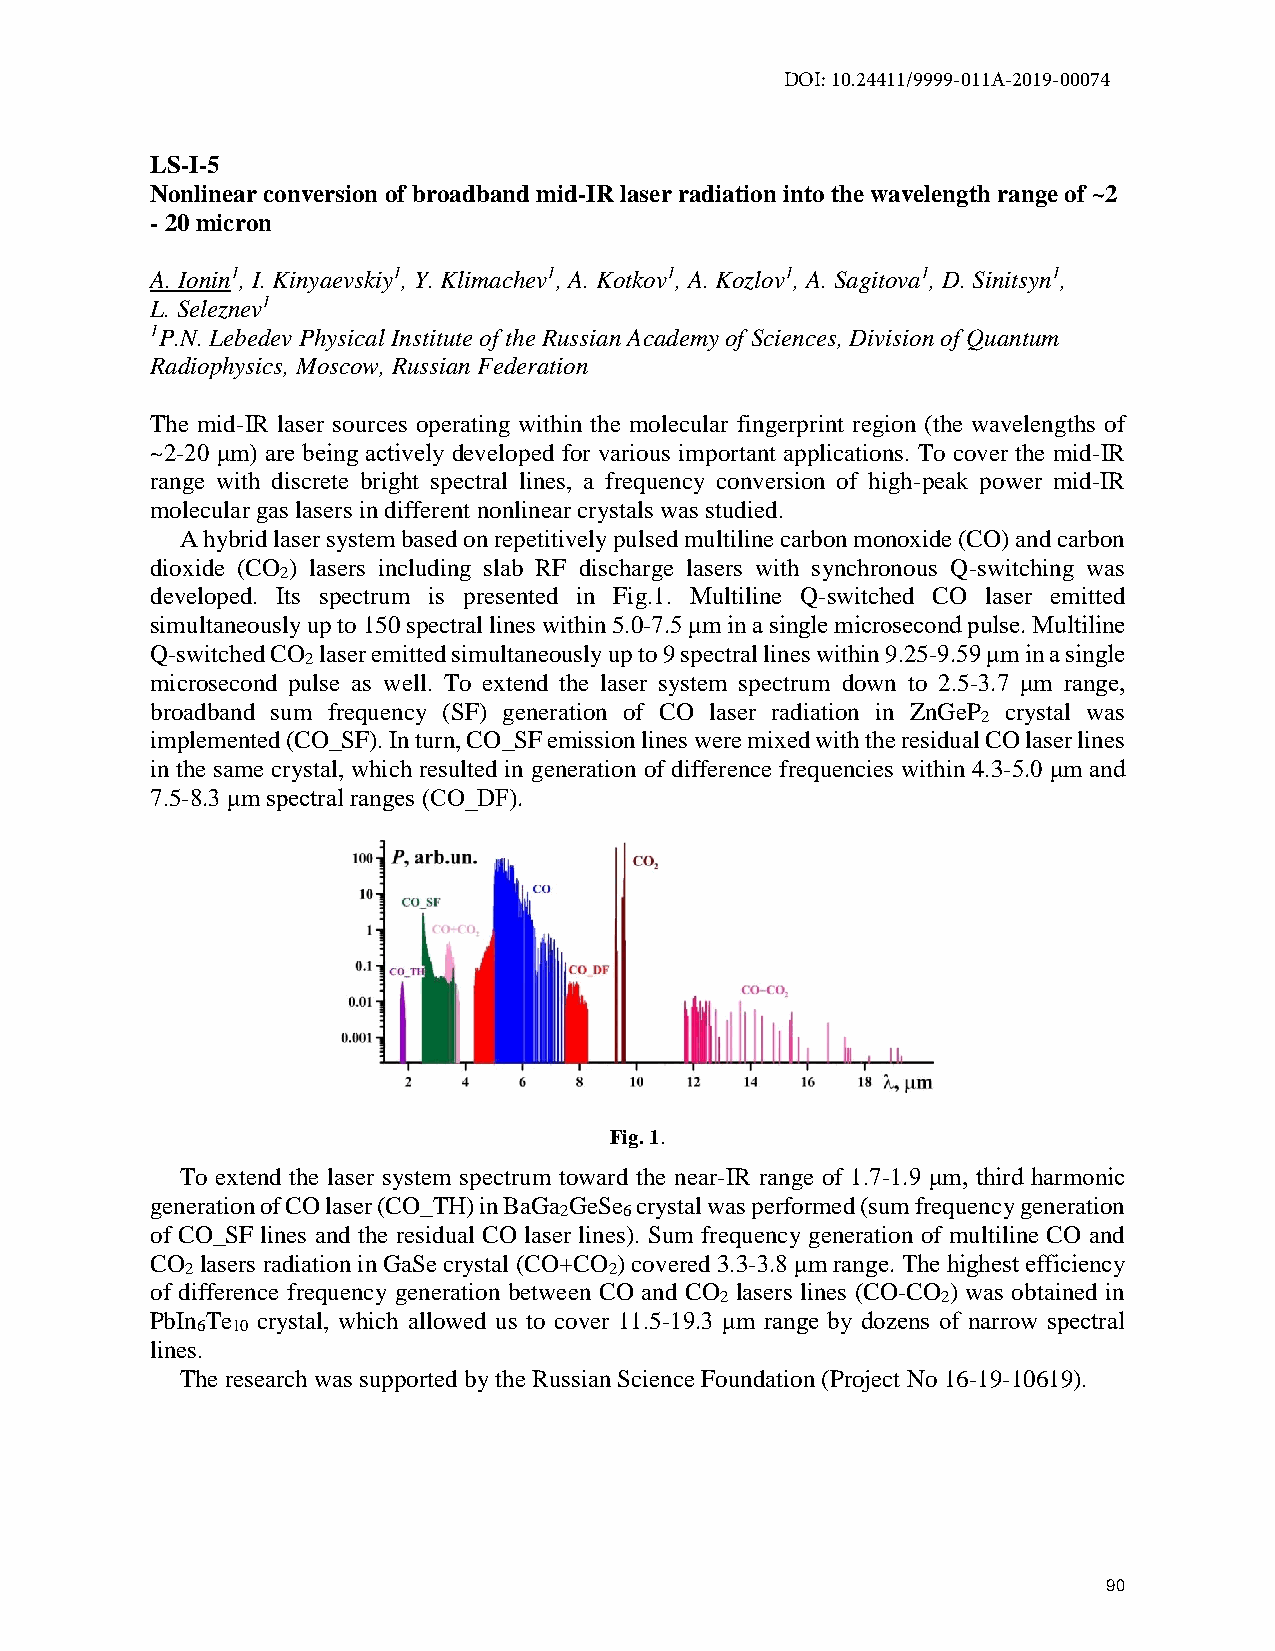
DOI: 10.24411/9999-011A-2019-00074
 LS-I-5
 Nonlinear conversion of broadband mid-IR laser radiation into the wavelength range of ~2
 - 20 micron
 A. Ionin1, I. Kinyaevskiy1, Y. Klimachev1, A. Kotkov1, A. Kozlov1, A. Sagitova1, D. Sinitsyn1,
 L. Seleznev1
 1P.N. Lebedev Physical Institute of the Russian Academy of Sciences, Division of Quantum
 Radiophysics, Moscow, Russian Federation
 The mid-IR laser sources operating within the molecular fingerprint region (the wavelengths of
 ~2-20 μm) are being actively developed for various important applications. To cover the mid-IR
 range with discrete bright spectral lines, a frequency conversion of high-peak power mid-IR
 molecular gas lasers in different nonlinear crystals was studied.
 A hybrid laser system based on repetitively pulsed multiline carbon monoxide (CO) and carbon
 dioxide (CO ) lasers including slab RF discharge lasers with synchronous Q-switching was
 2
 developed. Its spectrum is presented in Fig.1. Multiline Q-switched CO laser emitted
 simultaneously up to 150 spectral lines within 5.0-7.5 μm in a single microsecond pulse. Multiline
 Q-switched CO laser emitted simultaneously up to 9 spectral lines within 9.25-9.59 μm in a single
 2
 microsecond pulse as well. To extend the laser system spectrum down to 2.5-3.7 μm range,
 broadband sum frequency (SF) generation of CO laser radiation in ZnGeP crystal was
 2
 implemented (CO_SF). In turn, CO_SF emission lines were mixed with the residual CO laser lines
 in the same crystal, which resulted in generation of difference frequencies within 4.3-5.0 μm and
 7.5-8.3 μm spectral ranges (CO_DF).
 Fig. 1.
 To extend the laser system spectrum toward the near-IR range of 1.7-1.9 μm, third harmonic
 generation of CO laser (CO_TH) in BaGa GeSe crystal was performed (sum frequency generation
 2   6
 of CO_SF lines and the residual CO laser lines). Sum frequency generation of multiline CO and
 CO lasers radiation in GaSe crystal (CO+CO ) covered 3.3-3.8 μm range. The highest efficiency
 2                           2
 of difference frequency generation between CO and CO lasers lines (CO-CO ) was obtained in
 2             2
 PbIn Te crystal, which allowed us to cover 11.5-19.3 μm range by dozens of narrow spectral
 6 10
 lines.
 The research was supported by the Russian Science Foundation (Project No 16-19-10619).
 90